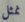
نمثل